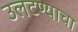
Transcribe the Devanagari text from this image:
उलटण्याचा